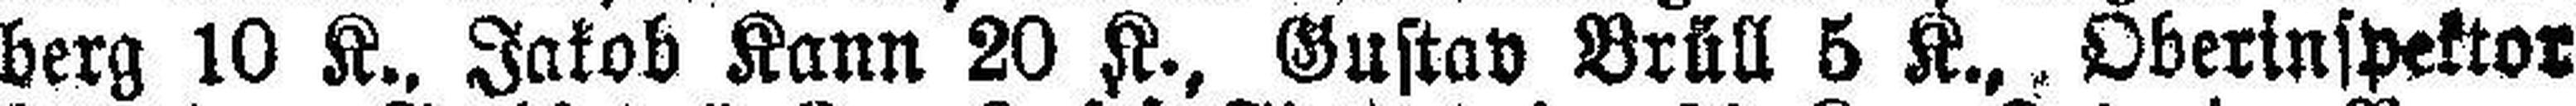
berg 10 K., Jakob Kann 20 K., Gustav Brüll 5 K., Oberinspektor